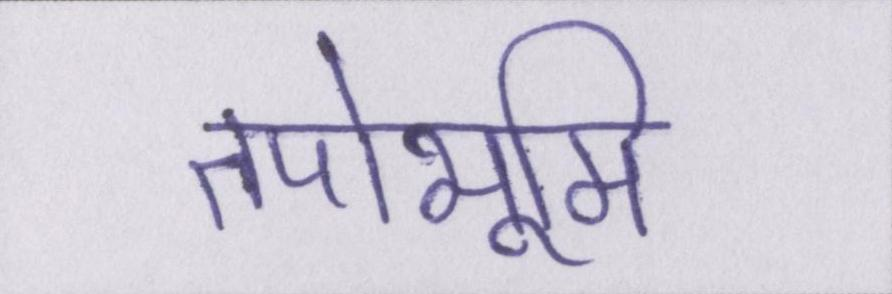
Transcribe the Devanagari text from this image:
तपोभूमि